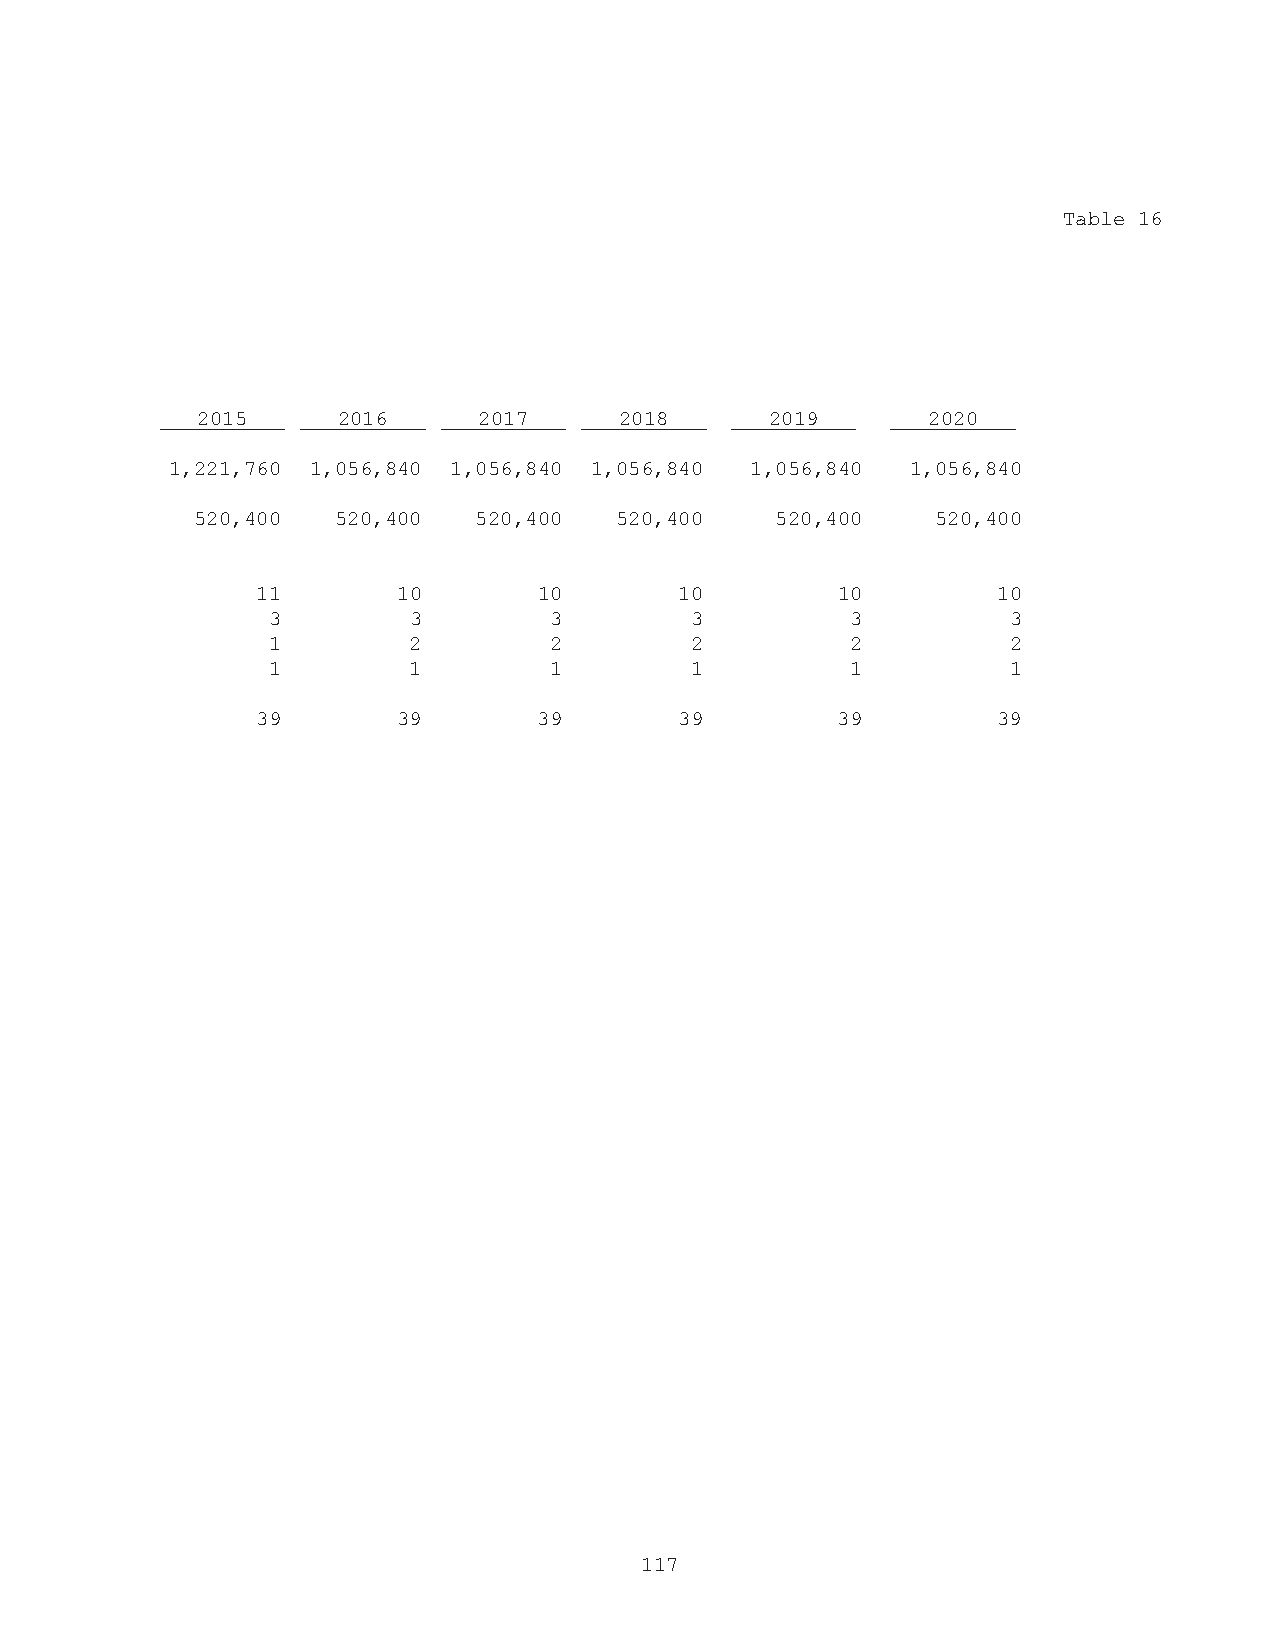
Table 16
 2015     2016      2017     2018      2019      2020
 1,221,760 1,056,840 1,056,840 1,056,840 1,056,840 1,056,840
 520,400  520,400  520,400   520,400   520,400    520,400
 11       10        10       10        10         10
 3        3        3         3         3          3
 1        2        2         2         2          2
 1        1        1         1         1          1
 39       39        39       39        39         39
 117